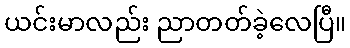
ယင်းမာလည်း ညာတတ်ခဲ့လေပြီ။